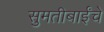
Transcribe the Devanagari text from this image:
सुमतीबाईंचे